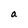
Character: a